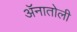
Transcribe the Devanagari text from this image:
ॲनातोली